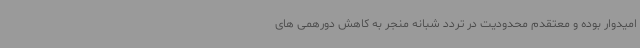
امیدوار بوده و معتقدم محدودیت در تردد شبانه منجر به کاهش دورهمی های